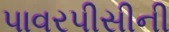
પાવરપીસીની